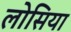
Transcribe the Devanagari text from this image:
लोसिया